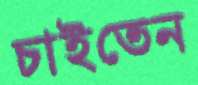
চাইতেন